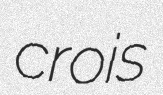
crois